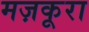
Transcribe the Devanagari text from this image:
मज़कूरा